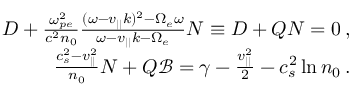
\begin{array} { r } { D + \frac { \omega _ { p e } ^ { 2 } } { c ^ { 2 } n _ { 0 } } \frac { ( \omega - v _ { | | } k ) ^ { 2 } - \Omega _ { e } \omega } { \omega - v _ { | | } k - \Omega _ { e } } N \equiv D + Q N = 0 \, , } \\ { \frac { c _ { s } ^ { 2 } - v _ { | | } ^ { 2 } } { n _ { 0 } } N + Q \mathscr { B } = \gamma - \frac { v _ { | | } ^ { 2 } } { 2 } - c _ { s } ^ { 2 } \ln n _ { 0 } \, . } \end{array}